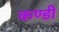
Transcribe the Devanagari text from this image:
कण्डी